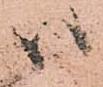
ハ